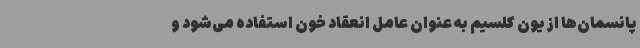
پانسمان‌ها از یون کلسیم به عنوان عامل انعقاد خون استفاده می‌شود و